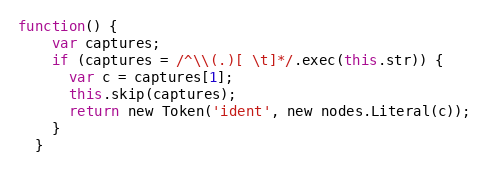
Language: JavaScript
function() {
    var captures;
    if (captures = /^\\(.)[ \t]*/.exec(this.str)) {
      var c = captures[1];
      this.skip(captures);
      return new Token('ident', new nodes.Literal(c));
    }
  }